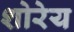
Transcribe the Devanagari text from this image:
शोरेय